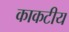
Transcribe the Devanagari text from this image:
काकटीय